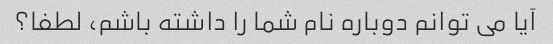
آیا می توانم دوباره نام شما را داشته باشم، لطفا؟